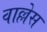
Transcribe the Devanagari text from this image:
वाल्लेस